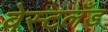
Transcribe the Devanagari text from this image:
वेस्टलँड